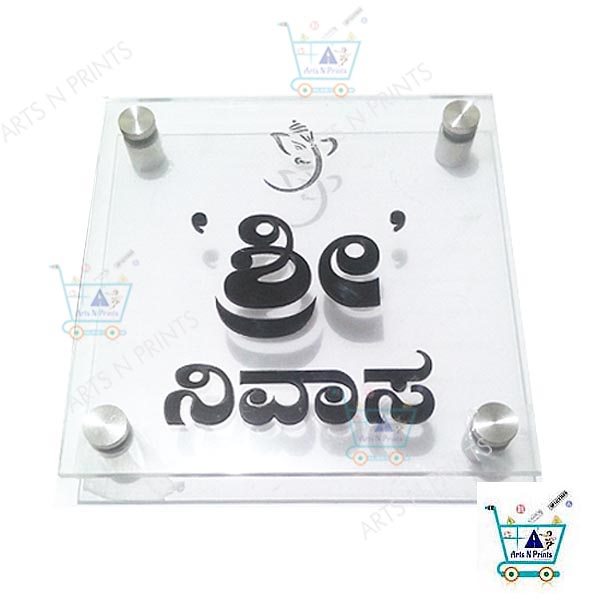
Language: kannada
Transcription: ಶ್ರೀ ನಿವಾಸ